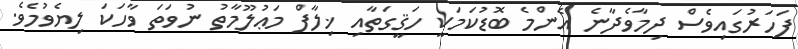
ފަހަރުގައިވެސް ދިމާވެދާނެ އެންމެ ބޮޑުކަމަކީ ހަޤީގަތާއި ޚިލާފް މަޢުލޫމާތު ނުވަތަ ވާހަކަ ލިޔެވުމެވެ.